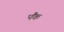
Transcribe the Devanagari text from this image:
पैंक